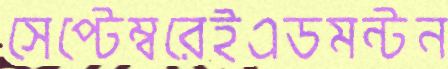
সেপ্টেম্বরেইএডমন্টন